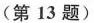
(第13题)